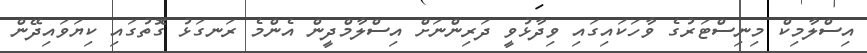
އިސްލާމިކް މިނިސްޓަރުގެ ވާހަކައިގައި ވިދާޅުވީ ދަރިންނަށް އިސްލާމްދީން އެންމެ ރަނގަޅު ގޮތުގައި ކިޔަވައިދޭން